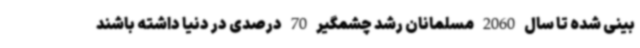
بینی شده تا سال 2060 مسلمانان رشد چشمگیر 70 درصدی در دنیا داشته باشند